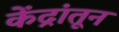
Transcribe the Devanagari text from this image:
केंद्रांतून